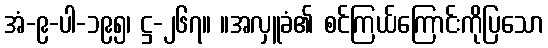
အံ-၉-ပါ-၁၉၅၊ ဋ္ဌ-၂၆၇။ ။အလှူခံ၏ စင်ကြယ်ကြောင်းကိုပြသော